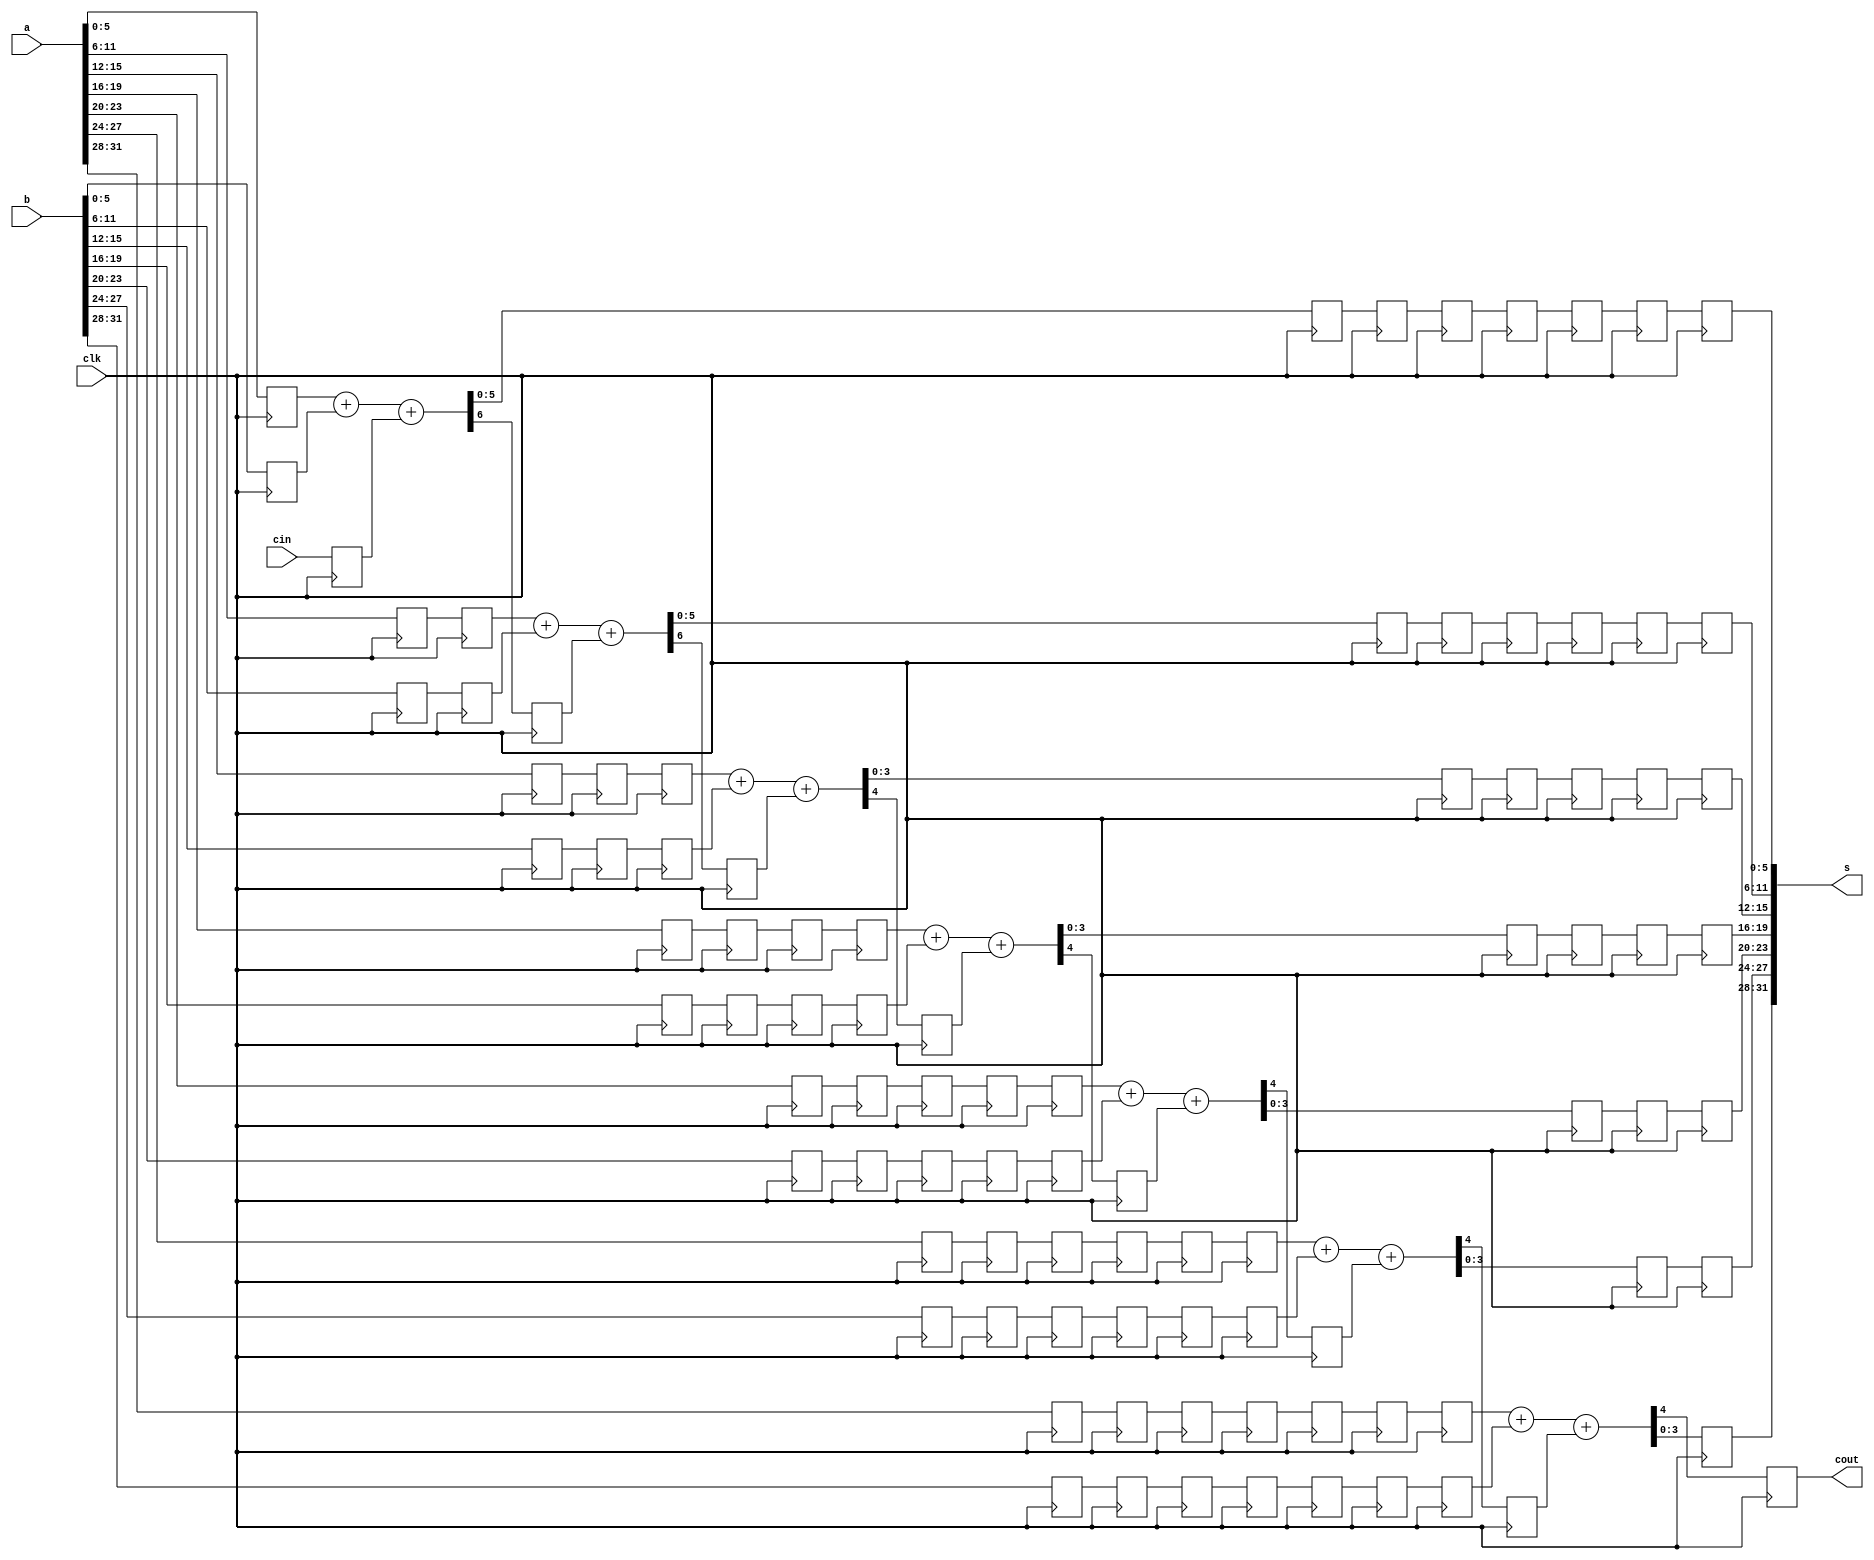
	module rtlfa32_4(s, cout, a, b, cin, clk);
		input [31:0] a,b;
		input cin, clk;
		output reg cout;
		output [31:0] s;
		reg [5:0] a1, a2, b1, b2, a22, b22, s1, s11, s111, s1111, s11111, s111111, s2, s22, s222, s2222, s22222, s1111111, s222222;
		reg [3:0] a3, a4, b3, b4, a33, a44, a333, a444, a4444, b333, b33, b44, b444, b4444;
		reg [3:0] s3, s33, s333, s3333, s4, s44, s4444, s33333, s444;
		reg c1, c2, c3, c4, c5, c6, ci;
		reg[3:0] a5,a55,a555,a5555,a55555,b5,b55,b555,b5555,b55555,s5,s55,s555;
		reg[3:0] a6,a66,a666,a6666,a66666,a666666,b6,b66,b666,b6666,b66666,b666666,s6,s66;
		reg[3:0] a7,a77,a777,a7777,a77777,a777777,a7777777,b7,b77,b777,b7777,b77777,b777777,b7777777,s7;


		always @ (posedge clk)
		        begin
		                a1<={a[5:0]};
		                a2<={a[11:6]};
		                a3<={a[15:12]};
		                a4<={a[19:16]};
		                a5<={a[23:20]};
				a6<={a[27:24]};
				a7<={a[31:28]};


		                b1<={b[5:0]};
		                b2<={b[11:6]};
		                b3<={b[15:12]};
		                b4<={b[19:16]};
		                b5<={b[23:20]};
				b6<={b[27:24]};
				b7<={b[31:28]};
		                ci<=cin;

		        end
		always @ (posedge clk)
		        begin
		          {c1,s1}<=a1+b1+ci;
		          a22<=a2;
			  b22<=b2;

		          a33<=a3;
		          a44<=a4;
		          b33<=b3;
		          b44<=b4;

		          a55<=a5;
		          b55<=b5;
			  a66<=a6;
		          b66<=b6;
			  
			  a77<=a7;
			  b77<=b7;


		        end
		always @ (posedge clk)
		        begin
		          s11<=s1;
		          {c2,s2}<=a22+b22+c1;
		          a333<=a33;
		          a444<=a44;
		          b333<=b33;
		          b444<=b44;

		          a555<=a55;
		          b555<=b55;

			  a666<=a66;
		          b666<=b66;
			  a777<=a77;
			  b777<=b77;


		        end

		always @ (posedge clk)
		        begin
		          s111<=s11;
		          s22<=s2;
			{c3,s3}<=a333+b333+c2;
		          a4444<=a444;
		          b4444<=b444;

		          a5555<=a555;
		          b5555<=b555;
			  a6666<=a666;
		          b6666<=b666;
			  a7777<=a777;
			  b7777<=b777;
		        end
		always @ (posedge clk)
		        begin
		          s1111<=s111;
		          s222<=s22;
		          s33<=s3;
		          {c4,s4}<=a4444+b4444+c3;

		          a55555<=a5555;
		          b55555<=b5555;
			  a66666<=a6666;
		          b66666<=b6666;
			  a77777<=a7777;
			  b77777<=b7777;


		        end

		     always @ (posedge clk)
		        begin
		          s11111<=s1111;
		          s2222<=s222;
		          s333<=s33;
		          s44<=s4;


		          {c5,s5}<=a55555+b55555+c4;
			
			  a666666<=a66666;
		          b666666<=b66666;
			  a777777<=a77777;
			  b777777<=b77777;



		        end


			 always @ (posedge clk)
					begin
					  s111111<=s11111;
					  s22222<=s2222;
		          		s3333<=s333;
		         		 s444<=s44;
					s55<=s5;
				{c6,s6}<=a666666+b666666+c5;
				
				a7777777<=a777777;
				b7777777<=b777777;
					  

					end
			
			always @ (posedge clk)
					begin
					  s1111111<=s111111;
					  s222222<=s22222;
		          		s33333<=s3333;
		         		 s4444<=s444;
					s555<=s55;
					s66<=s6;
				{cout,s7}<=a7777777+b7777777+c6;
					  
					end

			assign s={{s7[3:0]},{s66[3:0]},{s555[3:0]},{s4444[3:0]},{s33333[3:0]},{s222222[5:0]},{s1111111[5:0]}};

	endmodule